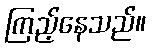
ကြည့်နေသည်။